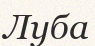
Луба